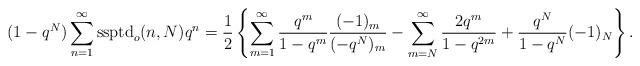
LaTeX: \begin{align*}(1-q^{N})\sum_{n=1}^{\infty} \textup{ssptd}_{o}(n, N)q^n= \frac{1}{2}\left\{\sum_{m=1}^{\infty}\frac{q^{m}}{1-q^{m}}\frac{(-1)_m}{(-q^N)_m} - \sum_{m=N}^{\infty}\frac{2q^m}{1-q^{2m}}+ \frac{q^N}{1-q^N}(-1)_N\right\}.\end{align*}